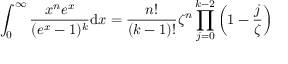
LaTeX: \int _ { 0 } ^ { \infty } { \frac { x ^ { n } e ^ { x } } { ( e ^ { x } - 1 ) ^ { k } } } \mathrm { d } x = { \frac { n ! } { ( k - 1 ) ! } } \zeta ^ { n } \prod _ { j = 0 } ^ { k - 2 } \left( 1 - { \frac { j } { \zeta } } \right)